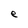
Character: e